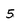
Character: 5